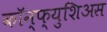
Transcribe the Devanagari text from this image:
कॉन्फ्युशिअस